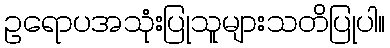
ဥရောပအသုံးပြုသူများသတိပြုပါ။